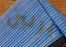
برلين